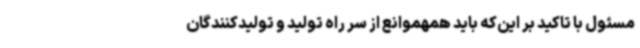
مسئول با تاکید بر این‌که باید همهموانع از سر راه تولید و تولیدکنندگان